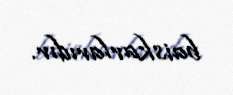
baiskarlarıdır.